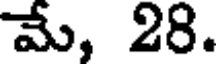
మే, 28.